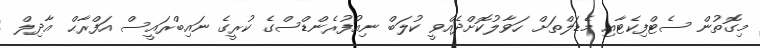
މިގޮތުން ސެޓްފިކެޓާއި މެޑަލްތަށް ހަވާލުކޮށްދެއްވީ ކުލަބް ނިއުފުރެންޑްސްގެ ކުރީގެ ނައިބްރައީސް އަފްރާޙް އާދިލް